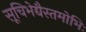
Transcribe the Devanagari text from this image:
सूचिभेद्यैस्तमोभिः